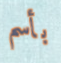
بأسم